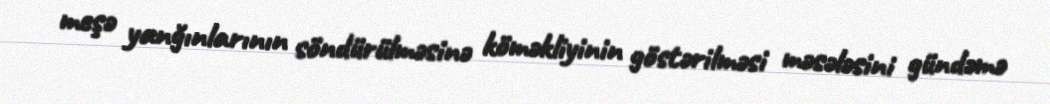
meşə yanğınlarının söndürülməsinə köməkliyinin göstərilməsi məsələsini gündəmə